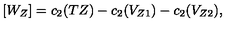
[ W _ { Z } ] = c _ { 2 } ( T Z ) - c _ { 2 } ( V _ { Z 1 } ) - c _ { 2 } ( V _ { Z 2 } ) ,